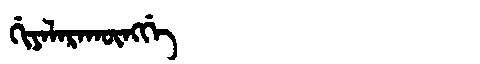
Manchu: ᡤᡳᠶᠠᠯᠠᡵᠠᡴᡡᠩᡤᡝ
Romanization: GIYALARAKŪNGGE